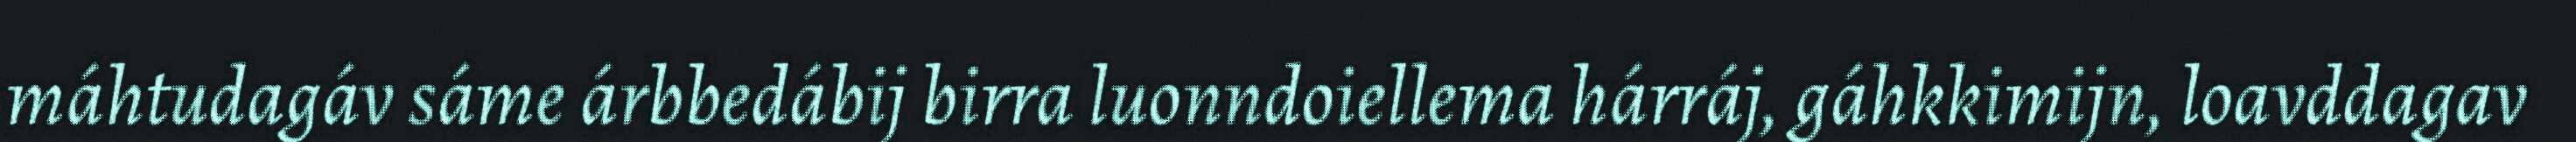
máhtudagáv sáme árbbedábij birra luonndoiellema hárráj, gáhkkimijn, loavddagav